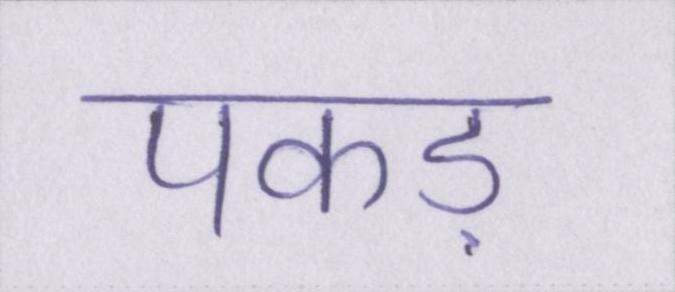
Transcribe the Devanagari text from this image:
पकड़